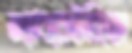
ল্যাবরেটরিজে